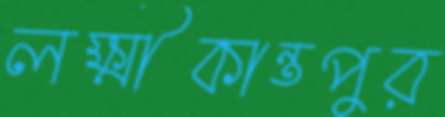
লক্ষ্মীকান্তপুর